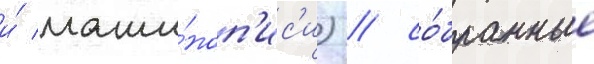
и́ маши́ноп'ис'и) / со́бранные